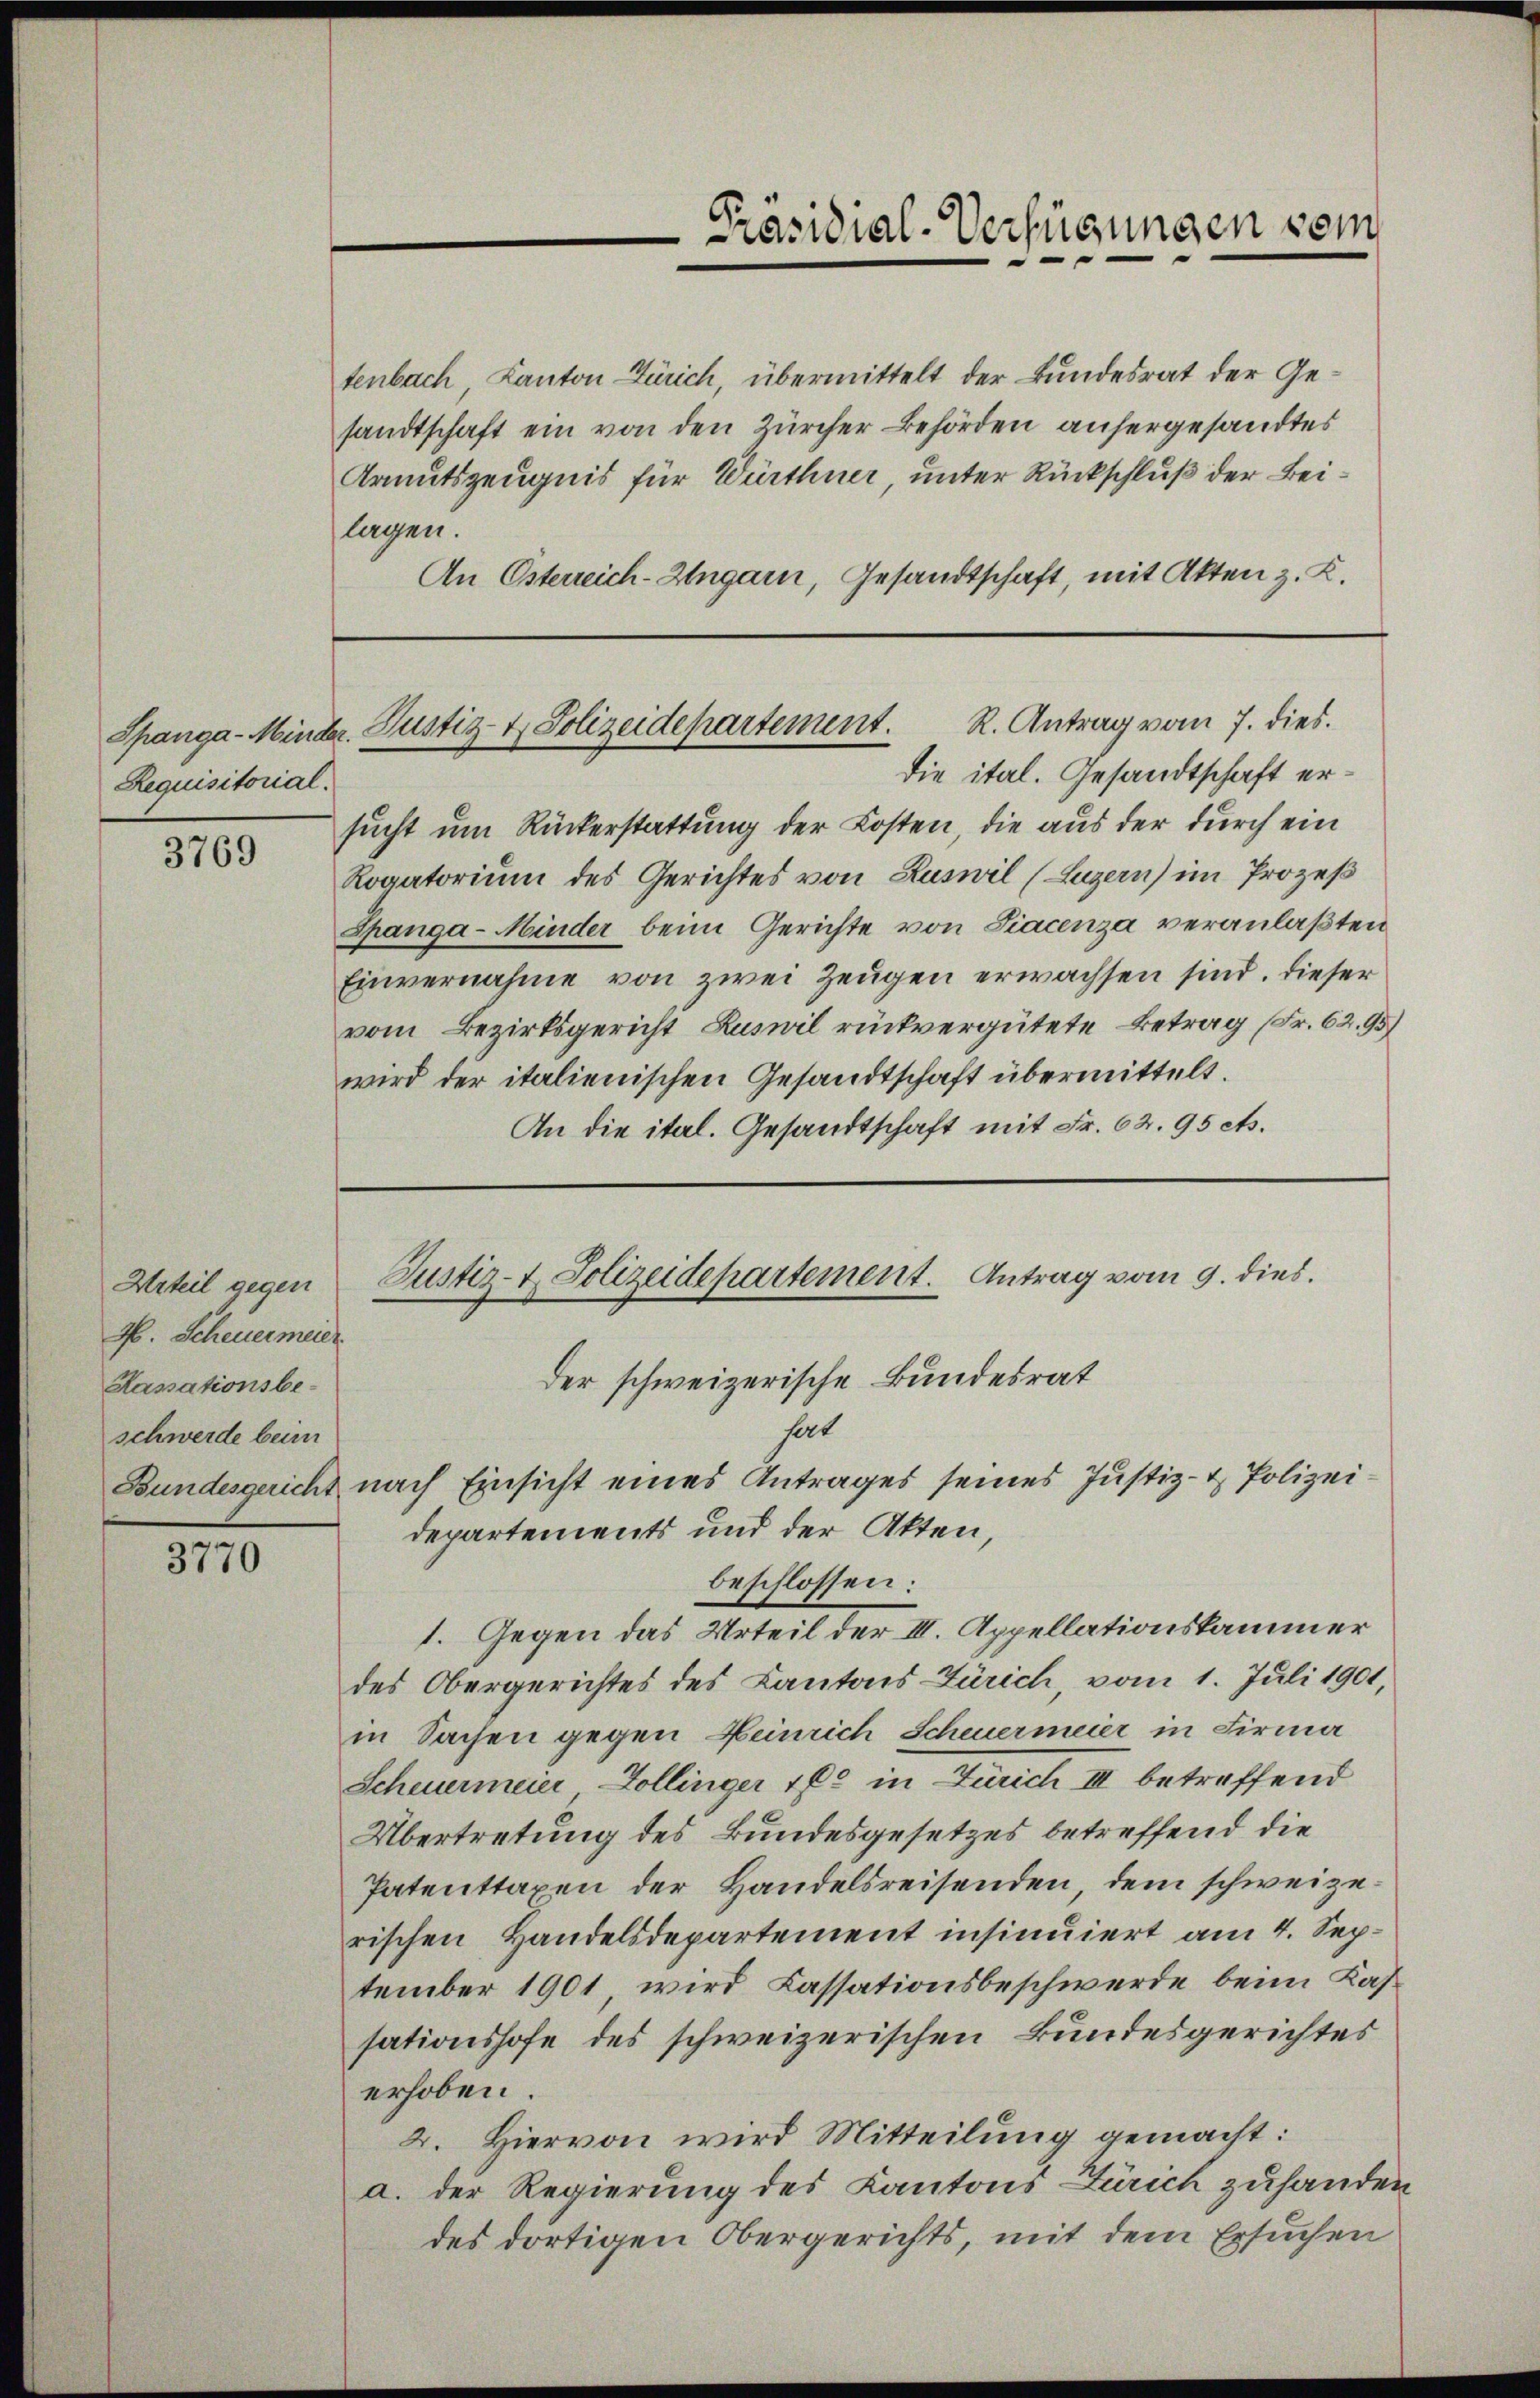
Requisitorial.

3769

H. Scheuermeier
Kassationsbeschwerde beim

3770

tenbach, Kanton Zürich, übermittelt der Bundesrat der Gesandtschaft ein von den Zürcher Behörden anhergesandtes
Armutszeugnis für Würthner, unter Rückschluß der Beilagen.
An Österreich-Ungarn, Gesandtschaft, mit Akten z. K.

Spanga - Minder. Justiz- & Polizeidepartement. R. Antrag vom 7. dies

die ital. Gesandtschaft ersucht um Rückerstattung der Kosten, die aus der durch ein
Rogatorium des Gerichtes von Ruswil (Luzern) im Prozeß
Spanga- Minder beim Gerichte von Liacenza veranlaßten
Einvernahme von zwei Zeugen erwachsen sind. Dieser
vom Bezirksgericht Zuswil rückvergütete Betrag (Fr. 62. 95)
wird der italienischen Gesandtschaft übermittelt.
An die ital. Gesandtschaft mit Fr. 62. 95 es.

Urteil gegen Justiz- & Polizeidepartement. Antrag vom 9. dies

Präsidial-Verfügungen sein

der schweizerische Bundesrat
hat
Bundesgericht nach Einsicht eines Antrages seines Justiz- & Polizeidepartements und der Akten,
beschlossen:
1. Gegen das Urteil der III. Appellationskammer
des Obergerichtes des Kantons-Zürich, vom 1. Juli 1901,
in Sachen gegen Heinrich Scheuermeier in Firma
Scheuermeier Zollinger 160 in Zürich III betreffend
Übertretung des Bundesgesetzes betreffend die
Patenttaxen der Handelsreisenden, dem schweizerischen Handelsdepartement insinuiert am 4. September 1901, wird Cassationsbeschwerde beim Kassationshofe des schweizerischen Bundesgerichtes
erhoben.
2. Hiervon wird Mitteilung gemacht:
a. der Regierung des Kantons Zürich zuhanden
des dortigen Obergerichts, mit dem Ersuchen